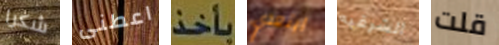
شكرا اعطنى بأخذ ابتعدي الشرقيه قلت